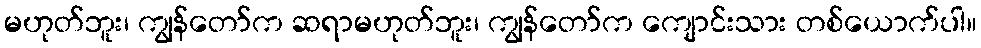
မဟုတ်ဘူး၊ ကျွန်တော်က ဆရာမဟုတ်ဘူး၊ ကျွန်တော်က ကျောင်းသား တစ်ယောက်ပါ။